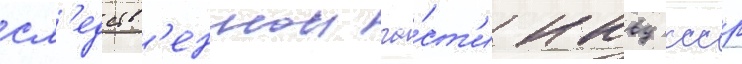
сл'едств'еннои ча́ст'и нквд ссср